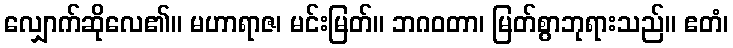
လျှောက်ဆိုလေ၏။ မဟာရာဇ၊ မင်းမြတ်။ ဘဂဝတာ၊ မြတ်စွာဘုရားသည်။ ဧတံ၊